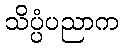
သိပ္ပံပညာက